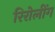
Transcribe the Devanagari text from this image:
रिरोलींग